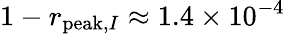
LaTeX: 1-r_{\mathrm{peak},I}\approx 1.4\times 10^{-4}